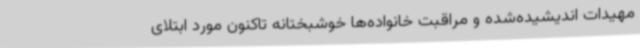
مهیدات اندیشیده‌شده و مراقبت خانواده‌ها خوشبختانه تاکنون مورد ابتلای